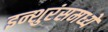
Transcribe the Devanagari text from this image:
इन्शुरंसमध्ये